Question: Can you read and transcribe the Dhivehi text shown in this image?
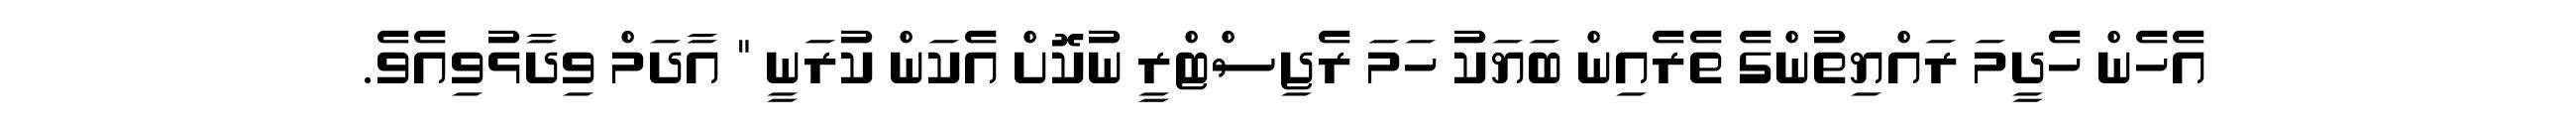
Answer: އެހެން ހެދީމަ ރައްޔިތުންގެ ތެރެއިން ބަޔަކު ހަމަ ރެޖިސްޓްރީ ނުކޮށް އެކަން ކުރަނީ " އާދަމް ވިދާޅުވިއެވެ.